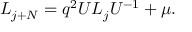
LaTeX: L _ { j + N } = q ^ { 2 } U L _ { j } U ^ { - 1 } + \mu .